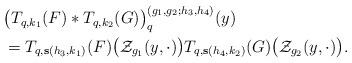
LaTeX: \begin{align*}\begin{aligned}&\big(T_{q, k_1}(F)*T_{q, k_2}(G)\big)_{q}^{(g_1,g_2;h_3,h_4)} (y)\\&=T_{q,\mathbf{s}(h_3,k_1)}(F)\big(\mathcal Z_{g_1} (y,\cdot)\big) T_{q,\mathbf{s}(h_4,k_2)}(G)\big(\mathcal Z_{g_2} (y,\cdot)\big).\\\end{aligned}\end{align*}